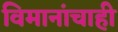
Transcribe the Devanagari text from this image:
विमानांचाही